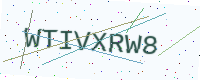
Text: WTIVXRW8